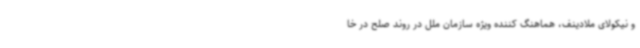
و نیکولای ملادینف، هماهنگ کننده ویژه سازمان ملل در روند صلح در خا